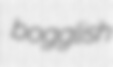
bogglish